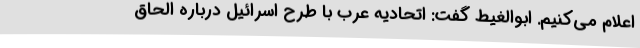
اعلام می‌کنیم. ابوالغیط گفت: اتحادیه عرب با طرح اسرائیل درباره الحاق